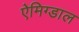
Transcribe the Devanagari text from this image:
ऐमिग्डाल